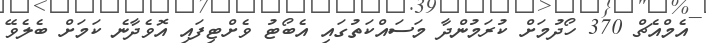
އެމްއެޗް 370 ހޯދުމަށް ކުރަމުންދާ މަސައްކަތުގައި އެބޯޓު ވެށްޓިފައި އޮވެދާނެ ކަމަށް ބެލެވޭ